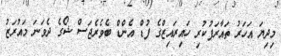
މިދިޔަ އަހަރު ތައާރަފުކުރި ހައިރައިޒްގެ ފުޑް އެންޑް ބެވެރެޖަސް ޝޯގެ ދެވަނަ މައުރަޒު